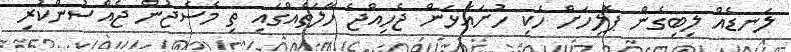
ލަނޑެއް ލިބިގެން ޕޮލިހަށް ހެކި ހުށައަޅަން ޖެހިއްޖެ ހާލަތެއްގައި ތި މެސެޖުން ޖެއްސުންކުރި